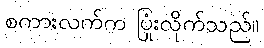
စကားလက်က ပြုံးလိုက်သည်။